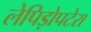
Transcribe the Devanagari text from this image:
लेपिड़ोपटेरा